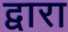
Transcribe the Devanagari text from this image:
द्वारा